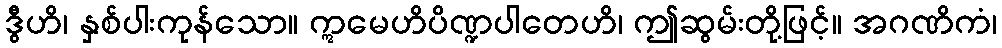
ဒွီဟိ၊ နှစ်ပါးကုန်သော။ ဣမေဟိပိဏ္ဍပါတေဟိ၊ ဤဆွမ်းတို့ဖြင့်။ အဂဏိကံ၊